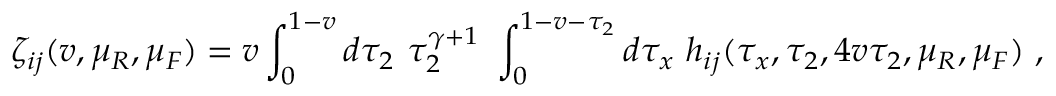
\zeta _ { i j } ( v , \mu _ { R } , \mu _ { F } ) = v \int _ { 0 } ^ { 1 - v } d \tau _ { 2 } ~ \tau _ { 2 } ^ { \gamma + 1 } ~ \int _ { 0 } ^ { 1 - v - \tau _ { 2 } } d \tau _ { x } ~ h _ { i j } ( \tau _ { x } , \tau _ { 2 } , 4 v \tau _ { 2 } , \mu _ { R } , \mu _ { F } ) ~ ,